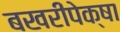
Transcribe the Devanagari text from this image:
बखरीपेक्षा